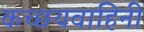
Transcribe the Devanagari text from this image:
कच्छयवाहिनी